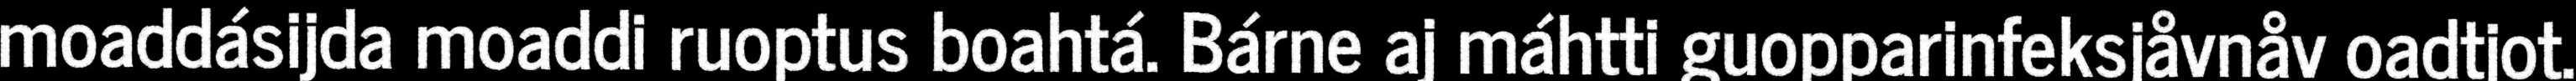
moaddásijda moaddi ruoptus boahtá. Bárne aj máhtti guopparinfeksjåvnåv oadtjot.